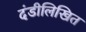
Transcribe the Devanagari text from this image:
दंडीलिखित